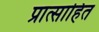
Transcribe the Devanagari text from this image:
प्रात्साहित